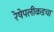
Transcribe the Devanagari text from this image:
रेषेपलीकडचा